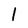
Character: 1